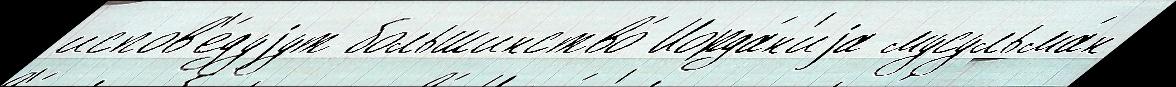
испов'е́дуjут большинство́ Иорда́н'иjа мусульма́н